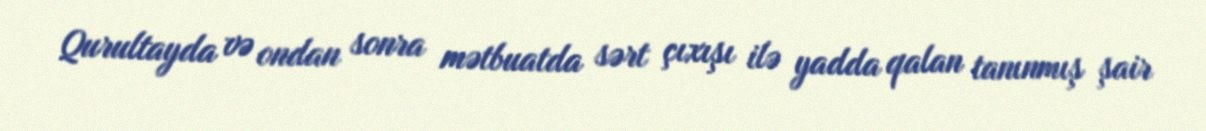
Qurultayda və ondan sonra mətbuatda sərt çıxışı ilə yadda qalan tanınmış şair